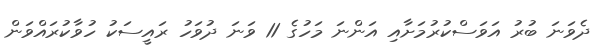
ދެވަނަ ބުރު އަވަސްކުރުމަށާއި އަންނަ މަހުގެ 11 ވަނަ ދުވަހު ރައީސަކު ހުވާކުރައްވަން